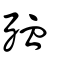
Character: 殈